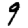
Digit: 9